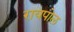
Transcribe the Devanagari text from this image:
रायपोल